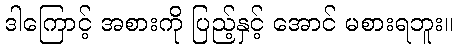
ဒါကြောင့် အစားကို ပြည့်နှင့် အောင် မစားရဘူး။